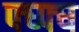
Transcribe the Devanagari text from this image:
फ्घ्फ्घ